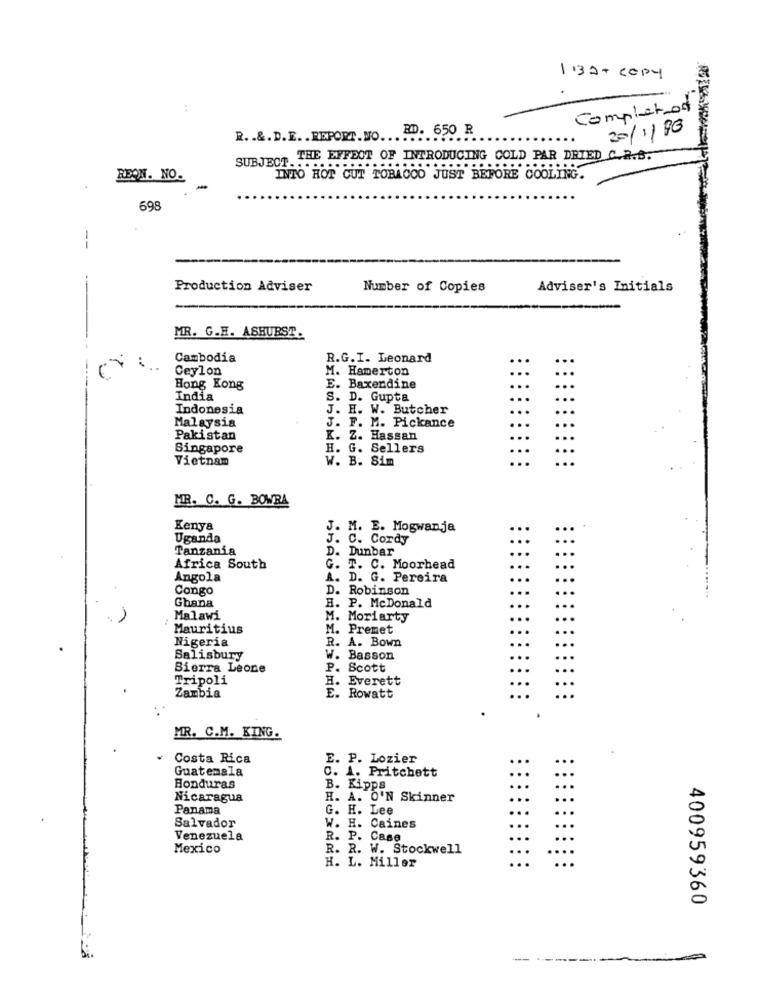
132+ Copy
Completion
R. . &. D.E. . REPORT. NO ... ... 650 R
20/1/90
SUBJECT .....
THE EFFECT OF INTRODUCING COLD PAR DRIED C.R.B.
REON. NO.
INTO HOT CUT TOBACCO JUST BEFORE COOLING.
698
--
Production Adviser
Number of Copies
Adviser's Initials
MR. G.H. ASHURST.
Cambodia
R.G.I. Leonard
...
:
Ceylon
M. Hamerton
Hong Kong
E. Baxendine
...
...
India
S. D. Gupta
...
Indonesia
J. H. W. Butcher
...
Malaysia
J. F. M. Pickance
...
Pakistan
K. Z. Hassan
...
Singapore
H. G. Sellers
Vietnam
W. B. Sim
...
...
MR. C. G. BOWRA
Kenya
J. M. E. Mogwanja
Uganda
J. C. Cordy
Tanzania
D. Dunbar
Africa South
. T. C. Moorhead
Angola
A. D. G. Pereira
Congo
D. Robinson
B.
Ghana
P. McDonald
Malawi
M. Moriarty
Mauritius
M. Premet
Nigeria
R. A. Bown
Salisbury
W. Basson
Sierra Leone
P. Scott
Tripoli
H. Everett
Zambia
E. Rowatt
MR. C.M. KING.
Costa Rica
E. P. Lozier
Guatemala
C. A. Pritchett
Honduras
B. Kipps
Nicaragua
H. A. O'N Skinner
Panama
G. H. Lee
Salvador
W. H. Caines
Venezuela
R. P. Case
Mexico
R. R. W. Stockwell
...
H. L. Miller
...
..
400959360